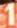
1